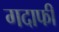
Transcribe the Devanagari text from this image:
गदाफी